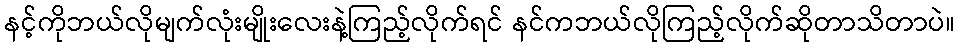
နင့်ကိုဘယ်လိုမျက်လုံးမျိုးလေးနဲ့ကြည့်လိုက်ရင် နင်ကဘယ်လိုကြည့်လိုက်ဆိုတာသိတာပဲ။